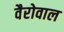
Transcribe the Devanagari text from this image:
वैरोवाल